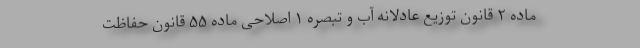
ماده ۲ قانون توزیع عادلانه آب و تبصره ۱ اصلاحی ماده ۵۵ قانون حفاظت